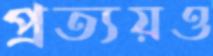
প্রত্যয়ও